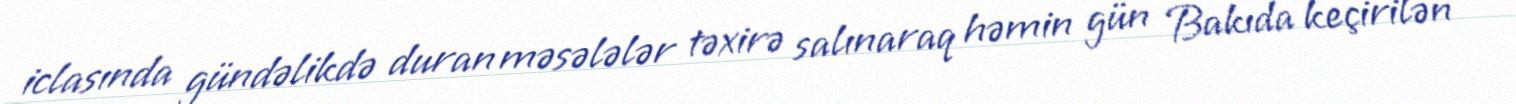
iclasında gündəlikdə duran məsələlər təxirə salınaraq həmin gün Bakıda keçirilən